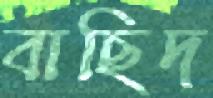
বাছিদ